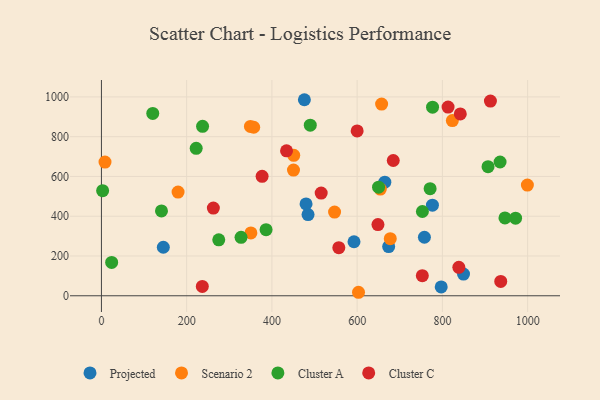
{"axis": {"x": "Speed", "y": "Yield"}, "legend": ["Cluster A", "Cluster C", "Projected", "Scenario 2"], "data": [{"x": "592.6", "y": 271.7, "type": "Projected"}, {"x": "673.9", "y": 247.4, "type": "Projected"}, {"x": "776.6", "y": 455.6, "type": "Projected"}, {"x": "757.8", "y": 294.3, "type": "Projected"}, {"x": "484.8", "y": 408.3, "type": "Projected"}, {"x": "476.2", "y": 985.9, "type": "Projected"}, {"x": "797.2", "y": 44.7, "type": "Projected"}, {"x": "849.5", "y": 109.2, "type": "Projected"}, {"x": "480.1", "y": 461.7, "type": "Projected"}, {"x": "145.2", "y": 244.1, "type": "Projected"}, {"x": "664.9", "y": 571.5, "type": "Projected"}, {"x": "677.7", "y": 287.3, "type": "Scenario 2"}, {"x": "179.8", "y": 521.3, "type": "Scenario 2"}, {"x": "657.4", "y": 963.8, "type": "Scenario 2"}, {"x": "451.2", "y": 706.4, "type": "Scenario 2"}, {"x": "547.0", "y": 421.0, "type": "Scenario 2"}, {"x": "823.4", "y": 881.2, "type": "Scenario 2"}, {"x": "349.6", "y": 851.6, "type": "Scenario 2"}, {"x": "350.7", "y": 315.9, "type": "Scenario 2"}, {"x": "357.3", "y": 847.5, "type": "Scenario 2"}, {"x": "450.6", "y": 632.2, "type": "Scenario 2"}, {"x": "8.4", "y": 672.5, "type": "Scenario 2"}, {"x": "999.4", "y": 556.7, "type": "Scenario 2"}, {"x": "603.2", "y": 17.6, "type": "Scenario 2"}, {"x": "654.4", "y": 536.4, "type": "Scenario 2"}, {"x": "650.2", "y": 546.3, "type": "Cluster A"}, {"x": "386.3", "y": 332.4, "type": "Cluster A"}, {"x": "907.1", "y": 649.2, "type": "Cluster A"}, {"x": "140.9", "y": 426.6, "type": "Cluster A"}, {"x": "2.8", "y": 528.4, "type": "Cluster A"}, {"x": "776.9", "y": 948.4, "type": "Cluster A"}, {"x": "971.7", "y": 390.4, "type": "Cluster A"}, {"x": "222.3", "y": 741.3, "type": "Cluster A"}, {"x": "275.3", "y": 281.2, "type": "Cluster A"}, {"x": "771.2", "y": 538.5, "type": "Cluster A"}, {"x": "120.4", "y": 916.8, "type": "Cluster A"}, {"x": "24.0", "y": 167.6, "type": "Cluster A"}, {"x": "327.6", "y": 293.9, "type": "Cluster A"}, {"x": "935.3", "y": 672.7, "type": "Cluster A"}, {"x": "237.3", "y": 851.9, "type": "Cluster A"}, {"x": "946.8", "y": 391.5, "type": "Cluster A"}, {"x": "753.1", "y": 423.7, "type": "Cluster A"}, {"x": "490.0", "y": 858.0, "type": "Cluster A"}, {"x": "515.6", "y": 516.7, "type": "Cluster C"}, {"x": "236.7", "y": 47.0, "type": "Cluster C"}, {"x": "936.9", "y": 72.1, "type": "Cluster C"}, {"x": "377.0", "y": 600.9, "type": "Cluster C"}, {"x": "912.7", "y": 979.3, "type": "Cluster C"}, {"x": "600.0", "y": 829.2, "type": "Cluster C"}, {"x": "557.0", "y": 241.9, "type": "Cluster C"}, {"x": "813.3", "y": 948.8, "type": "Cluster C"}, {"x": "262.6", "y": 441.1, "type": "Cluster C"}, {"x": "648.8", "y": 358.3, "type": "Cluster C"}, {"x": "842.0", "y": 914.7, "type": "Cluster C"}, {"x": "752.9", "y": 101.1, "type": "Cluster C"}, {"x": "434.3", "y": 729.1, "type": "Cluster C"}, {"x": "838.6", "y": 143.1, "type": "Cluster C"}, {"x": "684.7", "y": 680.3, "type": "Cluster C"}]}